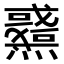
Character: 𤒉